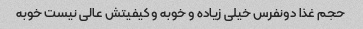
حجم غذا دونفرس خیلی زیاده و خوبه و کیفیتش عالی نیست خوبه